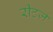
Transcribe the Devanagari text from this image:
रीटर्ज़